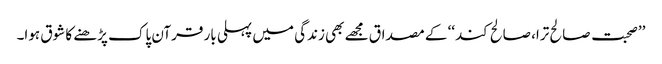
’’صحبت صالح ترا، صالح کند‘‘ کے مصداق مجھے بھی زندگی میں پہلی بار قرآن پاک پڑھنے کا شوق ہوا۔